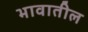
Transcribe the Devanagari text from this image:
भावातील